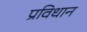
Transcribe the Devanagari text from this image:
प्रविधान